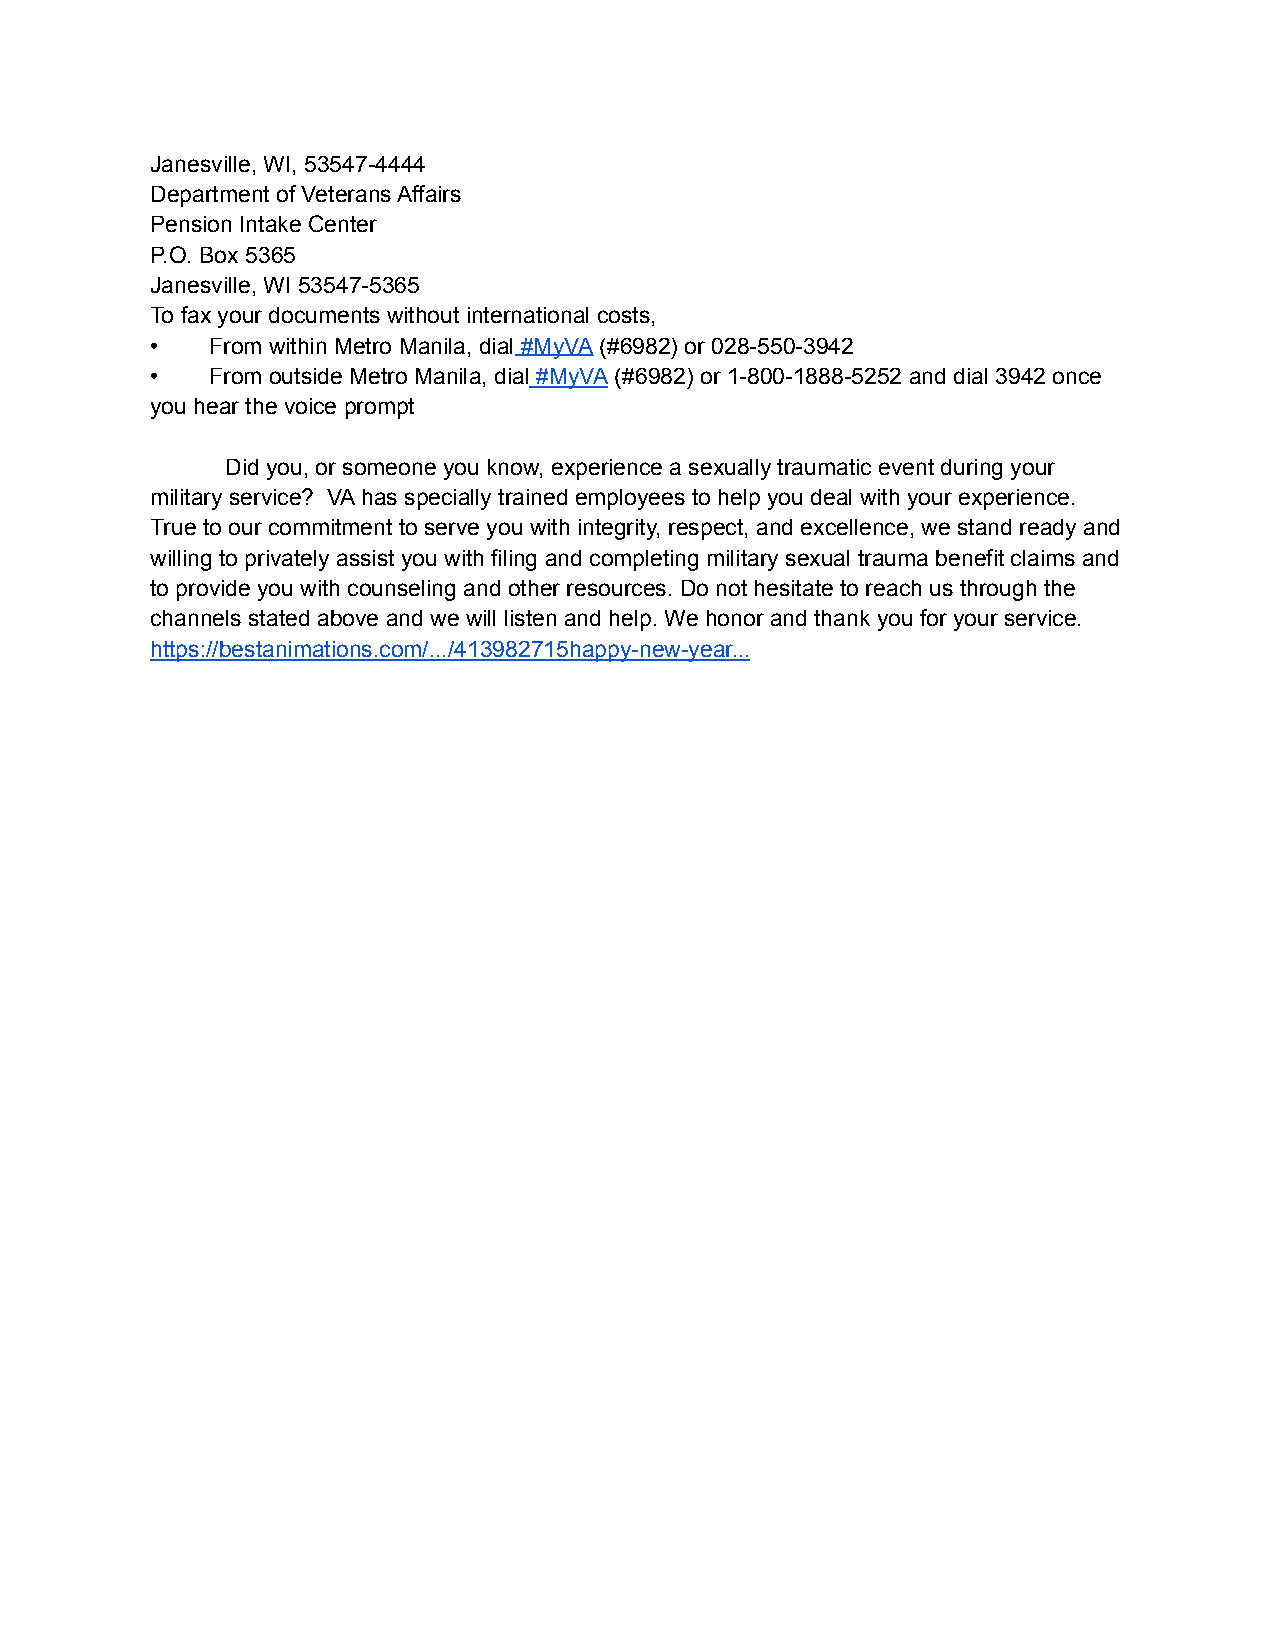
Janesville, WI, 53547-4444
 Department of Veterans Affairs
 Pension Intake Center
 P.O. Box 5365
 Janesville, WI 53547-5365
 To fax your documents without international costs,
 •   From within Metro Manila, dial #MyVA (#6982) or 028-550-3942
 •   From outside Metro Manila, dial #MyVA (#6982) or 1-800-1888-5252 and dial 3942 once
 you hear the voice prompt
 Did you, or someone you know, experience a sexually traumatic event during your
 military service? VA has specially trained employees to help you deal with your experience.
 True to our commitment to serve you with integrity, respect, and excellence, we stand ready and
 willing to privately assist you with filing and completing military sexual trauma benefit claims and
 to provide you with counseling and other resources. Do not hesitate to reach us through the
 channels stated above and we will listen and help. We honor and thank you for your service.
 https://bestanimations.com/.../413982715happy-new-year...